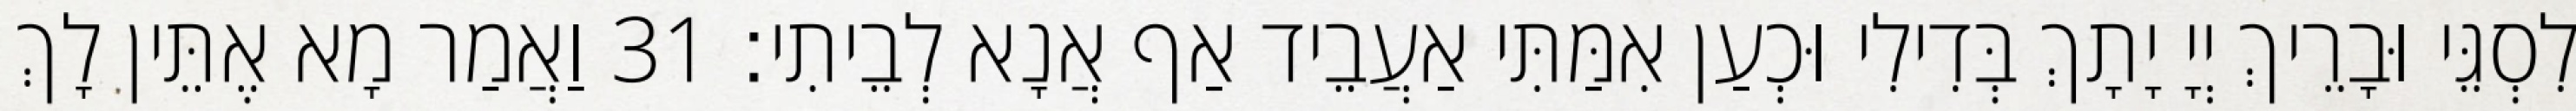
לִסְגֵּי וּבָרֵיךְ יְיָ יָתָךְ בְּדִילִי וּכְעַן אִמַּתִּי אַעֲבֵיד אַף אֲנָא לְבֵיתִי׃ 31 וַאֲמַר מָא אֶתֵּין לָךְ